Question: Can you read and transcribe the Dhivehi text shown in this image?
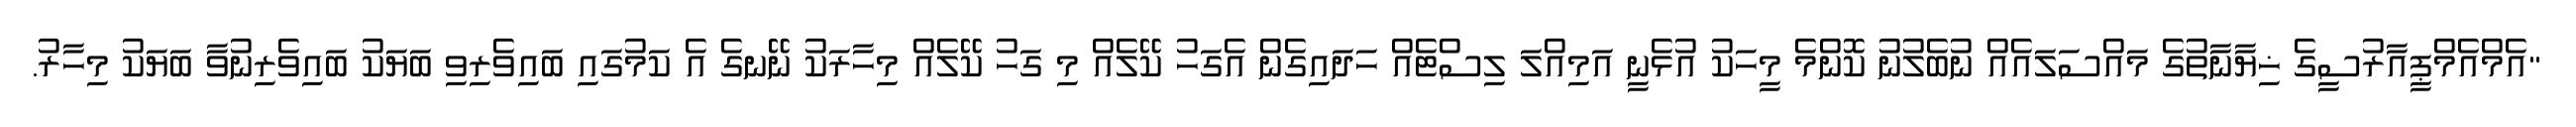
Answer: "އެމްއެމްޕީއާރުސީގެ ޚިޔާނާތުގެ މައްސަލައެއް ނުބެލުނު ކޮންމެ މީހަކު އުޅެނީ އަމިއްލަ ލިސްޓެއް ހަދައިގެން އެގަހު ކޭލެއް މި ގަހު ކޭލެއް މިހާރަކު ނޭނގެ އެ ކަމުގައި ބައިވެރިވި ބަޔަކު ބައިވެރިނުވާ ބަޔަކު މިހާރު.